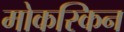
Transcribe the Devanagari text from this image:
मोकस्किन